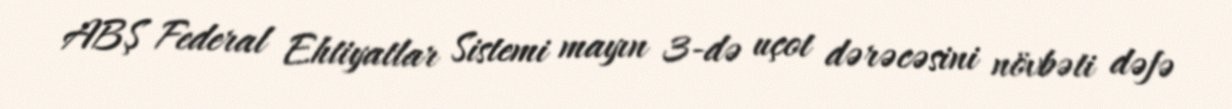
ABŞ Federal Ehtiyatlar Sistemi mayın 3-də uçot dərəcəsini növbəti dəfə